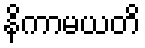
နိကာမယတိ